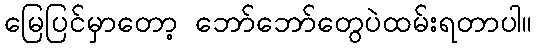
မြေပြင်မှာတော့ ဘော်ဘော်တွေပဲထမ်းရတာပါ။